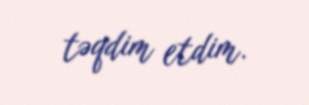
təqdim etdim.